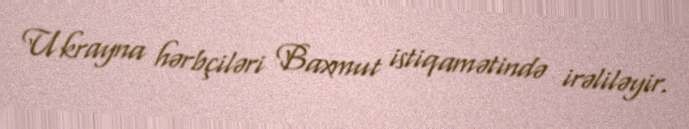
Ukrayna hərbçiləri Baxmut istiqamətində irəliləyir.